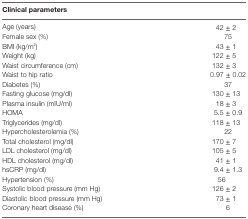
<table><thead><tr><td colspan="2"><b>Clinical parameters</b></td></tr></thead><tbody><tr><td>Age (years)</td><td>42 ± 2</td></tr><tr><td>Female sex (%)</td><td>75</td></tr><tr><td>BMI (kg/m<sup>2</sup>)</td><td>43 ± 1</td></tr><tr><td>Weight (kg)</td><td>122 ± 5</td></tr><tr><td>Waist circumference (cm)</td><td>132 ± 3</td></tr><tr><td>Waist to hip ratio</td><td>0.97 ± 0.02</td></tr><tr><td>Diabetes (%)</td><td>37</td></tr><tr><td>Fasting glucose (mg/dl)</td><td>130 ± 13</td></tr><tr><td>Plasma insulin (mIU/ml)</td><td>18 ± 3</td></tr><tr><td>HOMA</td><td>5.5 ± 0.9</td></tr><tr><td>Triglycerides (mg/dl)</td><td>118 ± 13</td></tr><tr><td>Hypercholesterolemia (%)</td><td>22</td></tr><tr><td>Total cholesterol (mg/dl)</td><td>170 ± 7</td></tr><tr><td>LDL cholesterol (mg/dl)</td><td>105 ± 5</td></tr><tr><td>HDL cholesterol (mg/dl)</td><td>41 ± 1</td></tr><tr><td>hsCRP (mg/dl)</td><td>9.4 ± 1.3</td></tr><tr><td>Hypertension (%)</td><td>56</td></tr><tr><td>Systolic blood pressure (mm Hg)</td><td>126 ± 2</td></tr><tr><td>Diastolic blood pressure (mm Hg)</td><td>73 ± 1</td></tr><tr><td>Coronary heart disease (%)</td><td>6</td></tr></tbody></table>